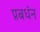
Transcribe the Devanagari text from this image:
प्रबधंन